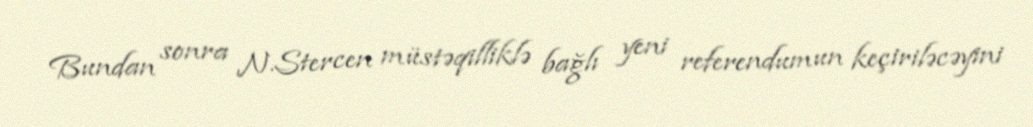
Bundan sonra N.Stercen müstəqilliklə bağlı yeni referendumun keçiriləcəyini